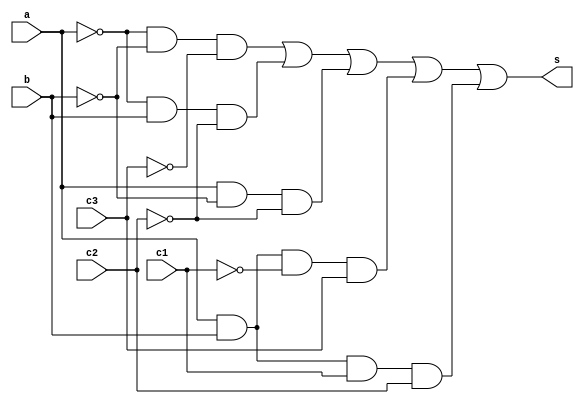
// -------------------------
// Exemplo0035 - F4 
// Nome: Guilherme Moreira Nunes
// ------------------------- 
// ------------------------- 
// f4_gate 
// ------------------------- 
module f4 (output s, input a, input b, input c1, input c2, input c3);  
assign s = (~a & ~b & ~c3) | (~a & b & ~c2) | (a & ~b & ~c2) | (a & b & ~c1 & c3) | (a & b & c1 & c2);
endmodule // f4 
module test_f4; 
// ------------------------- definir dados 
reg a; 
reg b;
reg c1;
reg c2;
reg c3;
wire s; 
f4 modulo1 (s, a, b, c, c2, c3); 
// ------------------------- parte principal 
initial begin 
$display("Exemplo0035 - Guilherme Moreira Nunes - 408947"); 
$display("Test LU's module"); 
a = 1; b = 0; c1 = 0; c2 = 0; c3 = 1;
// projetar testes do modulo 
$display("A  B  C1 C2 C3 S");
$monitor("%b  %b  %b  %b  %b  %b",a, b, c1, c2, c3, s);
#1 a = 0; b = 1; c1 = 1; c2 = 0; c3 = 0;
#1 a = 1; b = 0; c1 = 0; c2 = 1; c3 = 1;
#1 a = 0; b = 1; c1 = 1; c2 = 1; c3 = 0;
end 
endmodule // test_f4 

// OBS.: DAR PREFERENCIA 'AS DESCRICOES POR PORTAS, E NAO POR EXPRESSOES.